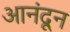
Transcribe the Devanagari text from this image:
आनंदून